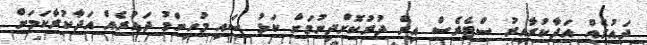
ދައުރެއް އަދާކުރާއިރު ސްޓެރެސް އިން ދުރުކޮށްދިނުމަށް ކަޅު ސައި މުހިންމު ދައުރެއް އަދާކުރާކަމަށް